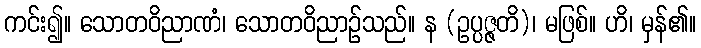
ကင်း၍။ သောတဝိညာဏံ၊ သောတဝိညာဉ်သည်။ န (ဥပ္ပဇ္ဇတိ)၊ မဖြစ်။ ဟိ၊ မှန်၏။